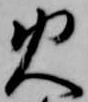
火